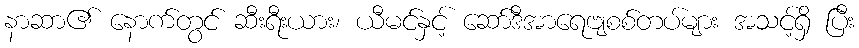
နာဆာ၏ နောက်တွင် ဆီးရီးယား၊ ယီမင်နှင့် ဆော်ဒီအာရေဗျစစ်တပ်များ အသင့်ရှိ ပြီး